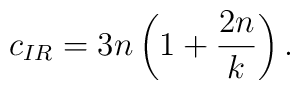
c_{IR}=3n\left(1+\frac{2n}{k}\right).